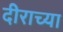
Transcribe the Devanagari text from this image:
दीराच्या